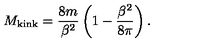
M _ { \mathrm { k i n k } } = { \frac { 8 m } { \beta ^ { 2 } } } \left( 1 - { \frac { \beta ^ { 2 } } { 8 \pi } } \right) .